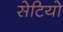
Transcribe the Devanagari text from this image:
सेटियो